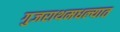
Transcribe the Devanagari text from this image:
गुजराथमधल्यात